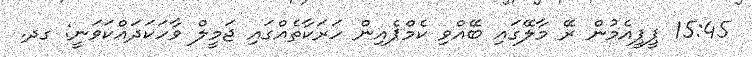
15:45 ޕީޕީއެމުން ރޭ މާލޭގައި ބޭއްވި ކެމްޕެއިން ހަރަކާތެއްގައި ޖަމީލް ވާހަކަދައްކަވަނީ: ގދ.